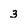
Character: 3